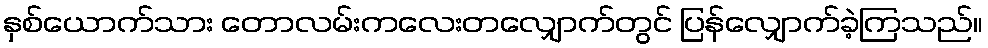
နှစ်ယောက်သား တောလမ်းကလေးတလျှောက်တွင် ပြန်လျှောက်ခဲ့ကြသည်။